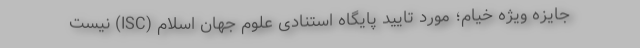
جایزه ویژه خیام؛ مورد تایید پایگاه استنادی علوم جهان اسلام (ISC) نیست